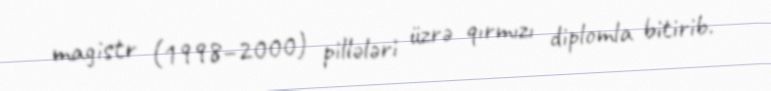
magistr (1998–2000) pillələri üzrə qırmızı diplomla bitirib.